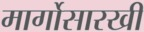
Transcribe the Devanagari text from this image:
मार्गोसारखी